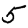
Digit: 5